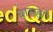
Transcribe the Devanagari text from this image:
बाराहों